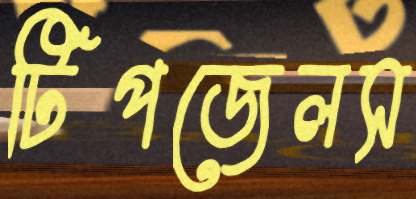
টিপজেলস